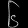
Digit: ၆